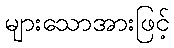
များသောအားဖြင့်